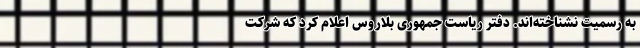
به رسمیت نشناخته‌اند. دفتر ریاست جمهوری بلاروس اعلام کرد که شرکت‌